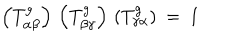
\left( T _ { \alpha \beta } ^ { g } \right) \, \left( T _ { \beta \gamma } ^ { g } \right) \, \left( T _ { \gamma \alpha } ^ { g } \right) \: = \: 1